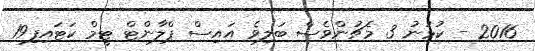
2016 - ކުޅުނު 3 މެޗުންވެސް ބަލިވެ އައިސް ޕްލާންޓް ޓީމް ކަޓައިފި19